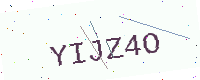
Text: YIJZ4O